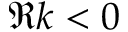
\Re k < 0